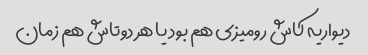
دیواریه کاش رومیزی هم بود یا هر دوتاش هم زمان